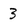
Character: 3